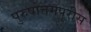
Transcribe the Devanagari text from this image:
पुरुषोत्तमपुरीस